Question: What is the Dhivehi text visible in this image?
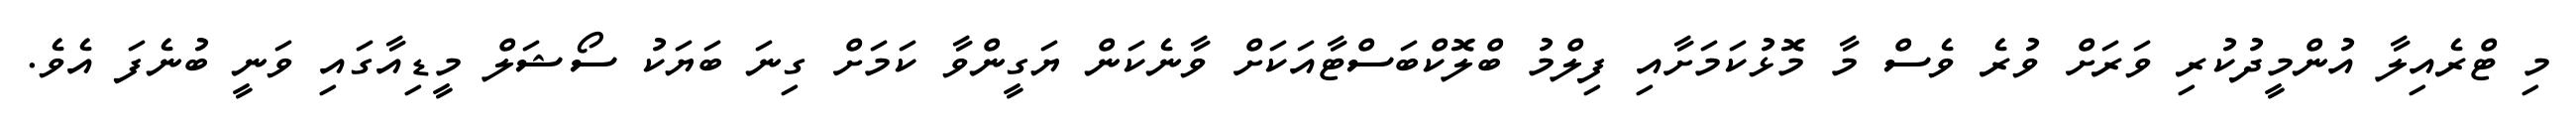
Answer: މި ޓްރެއިލާ އުންމީދުކުރި ވަރަށް ވުރެ ވެސް މާ މޮޅުކަމަށާއި ފިލްމު ބްލޮކްބަސްޓާއަކަށް ވާނެކަން ޔަގީންވާ ކަމަށް ގިނަ ބަޔަކު ސޯޝަލް މީޑިއާގައި ވަނީ ބުނެފަ އެވެ.